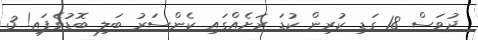
ދުވަސް 18 ގަޑި ކުރިން ކުޑަ ރަށެއްގައި ކެންސަރު ބަލި ބޮޑުވެފައި! 3